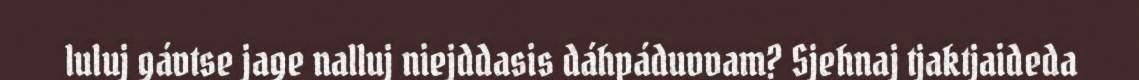
luluj gávtse jage nalluj niejddasis dáhpáduvvam? Sjehnaj tjaktjaideda